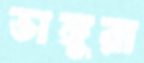
ভাঙ্গুরা